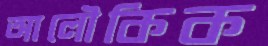
আলৌকিক